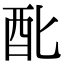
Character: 䣥